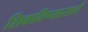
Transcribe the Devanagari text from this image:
शिकविण्‍यासाठी